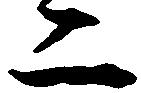
二